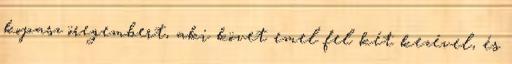
kopasz öregembert, aki követ emel fel két kezével, és